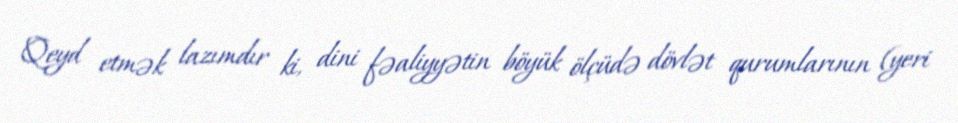
Qeyd etmək lazımdır ki, dini fəaliyyətin böyük ölçüdə dövlət qurumlarının (yeri